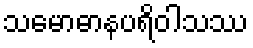
သမောဓာနပရိဝါသဿ